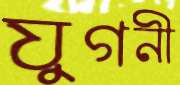
যুগনী